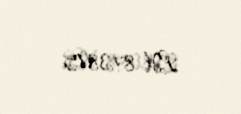
LH-873875